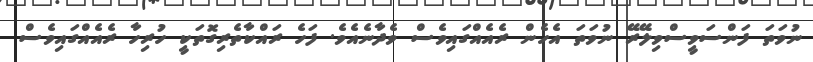
ނުވަތަ ފަންސަވީސްވިލޭރޭ ނުވަތަ އެހެން ރެއެއްގައިވެސް ވެދާނެއެވެ. ފަހެ ރައްކާތެރިގޮތަކީ ހުރިހާ ރެއެއްގައިވެސް